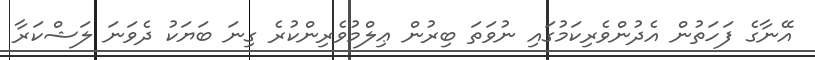
އޭނާގެ ފަހަތުން އެދުންވެރިކަމުގައި ނުވަތަ ބިރުން ޢިލްމުވެރިންކުރެ ގިނަ ބަޔަކު ދެވަނަ ލަޝްކަރާ